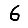
Digit: 6